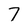
Character: 7